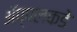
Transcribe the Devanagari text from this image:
ॲप्पलकडे